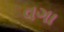
વગા